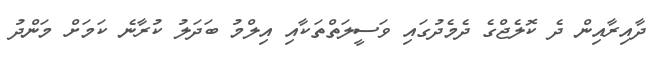
ދާއިރާއިން ދެ ކޮލެޖްގެ ދެމެދުގައި ވަސީލަތްތަކާއި އިލްމު ބަދަލު ކުރާނެ ކަމަށް މަންދު